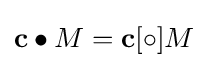
\mathbf {c} \bullet {M}=\mathbf {c} [\circ ]{M}